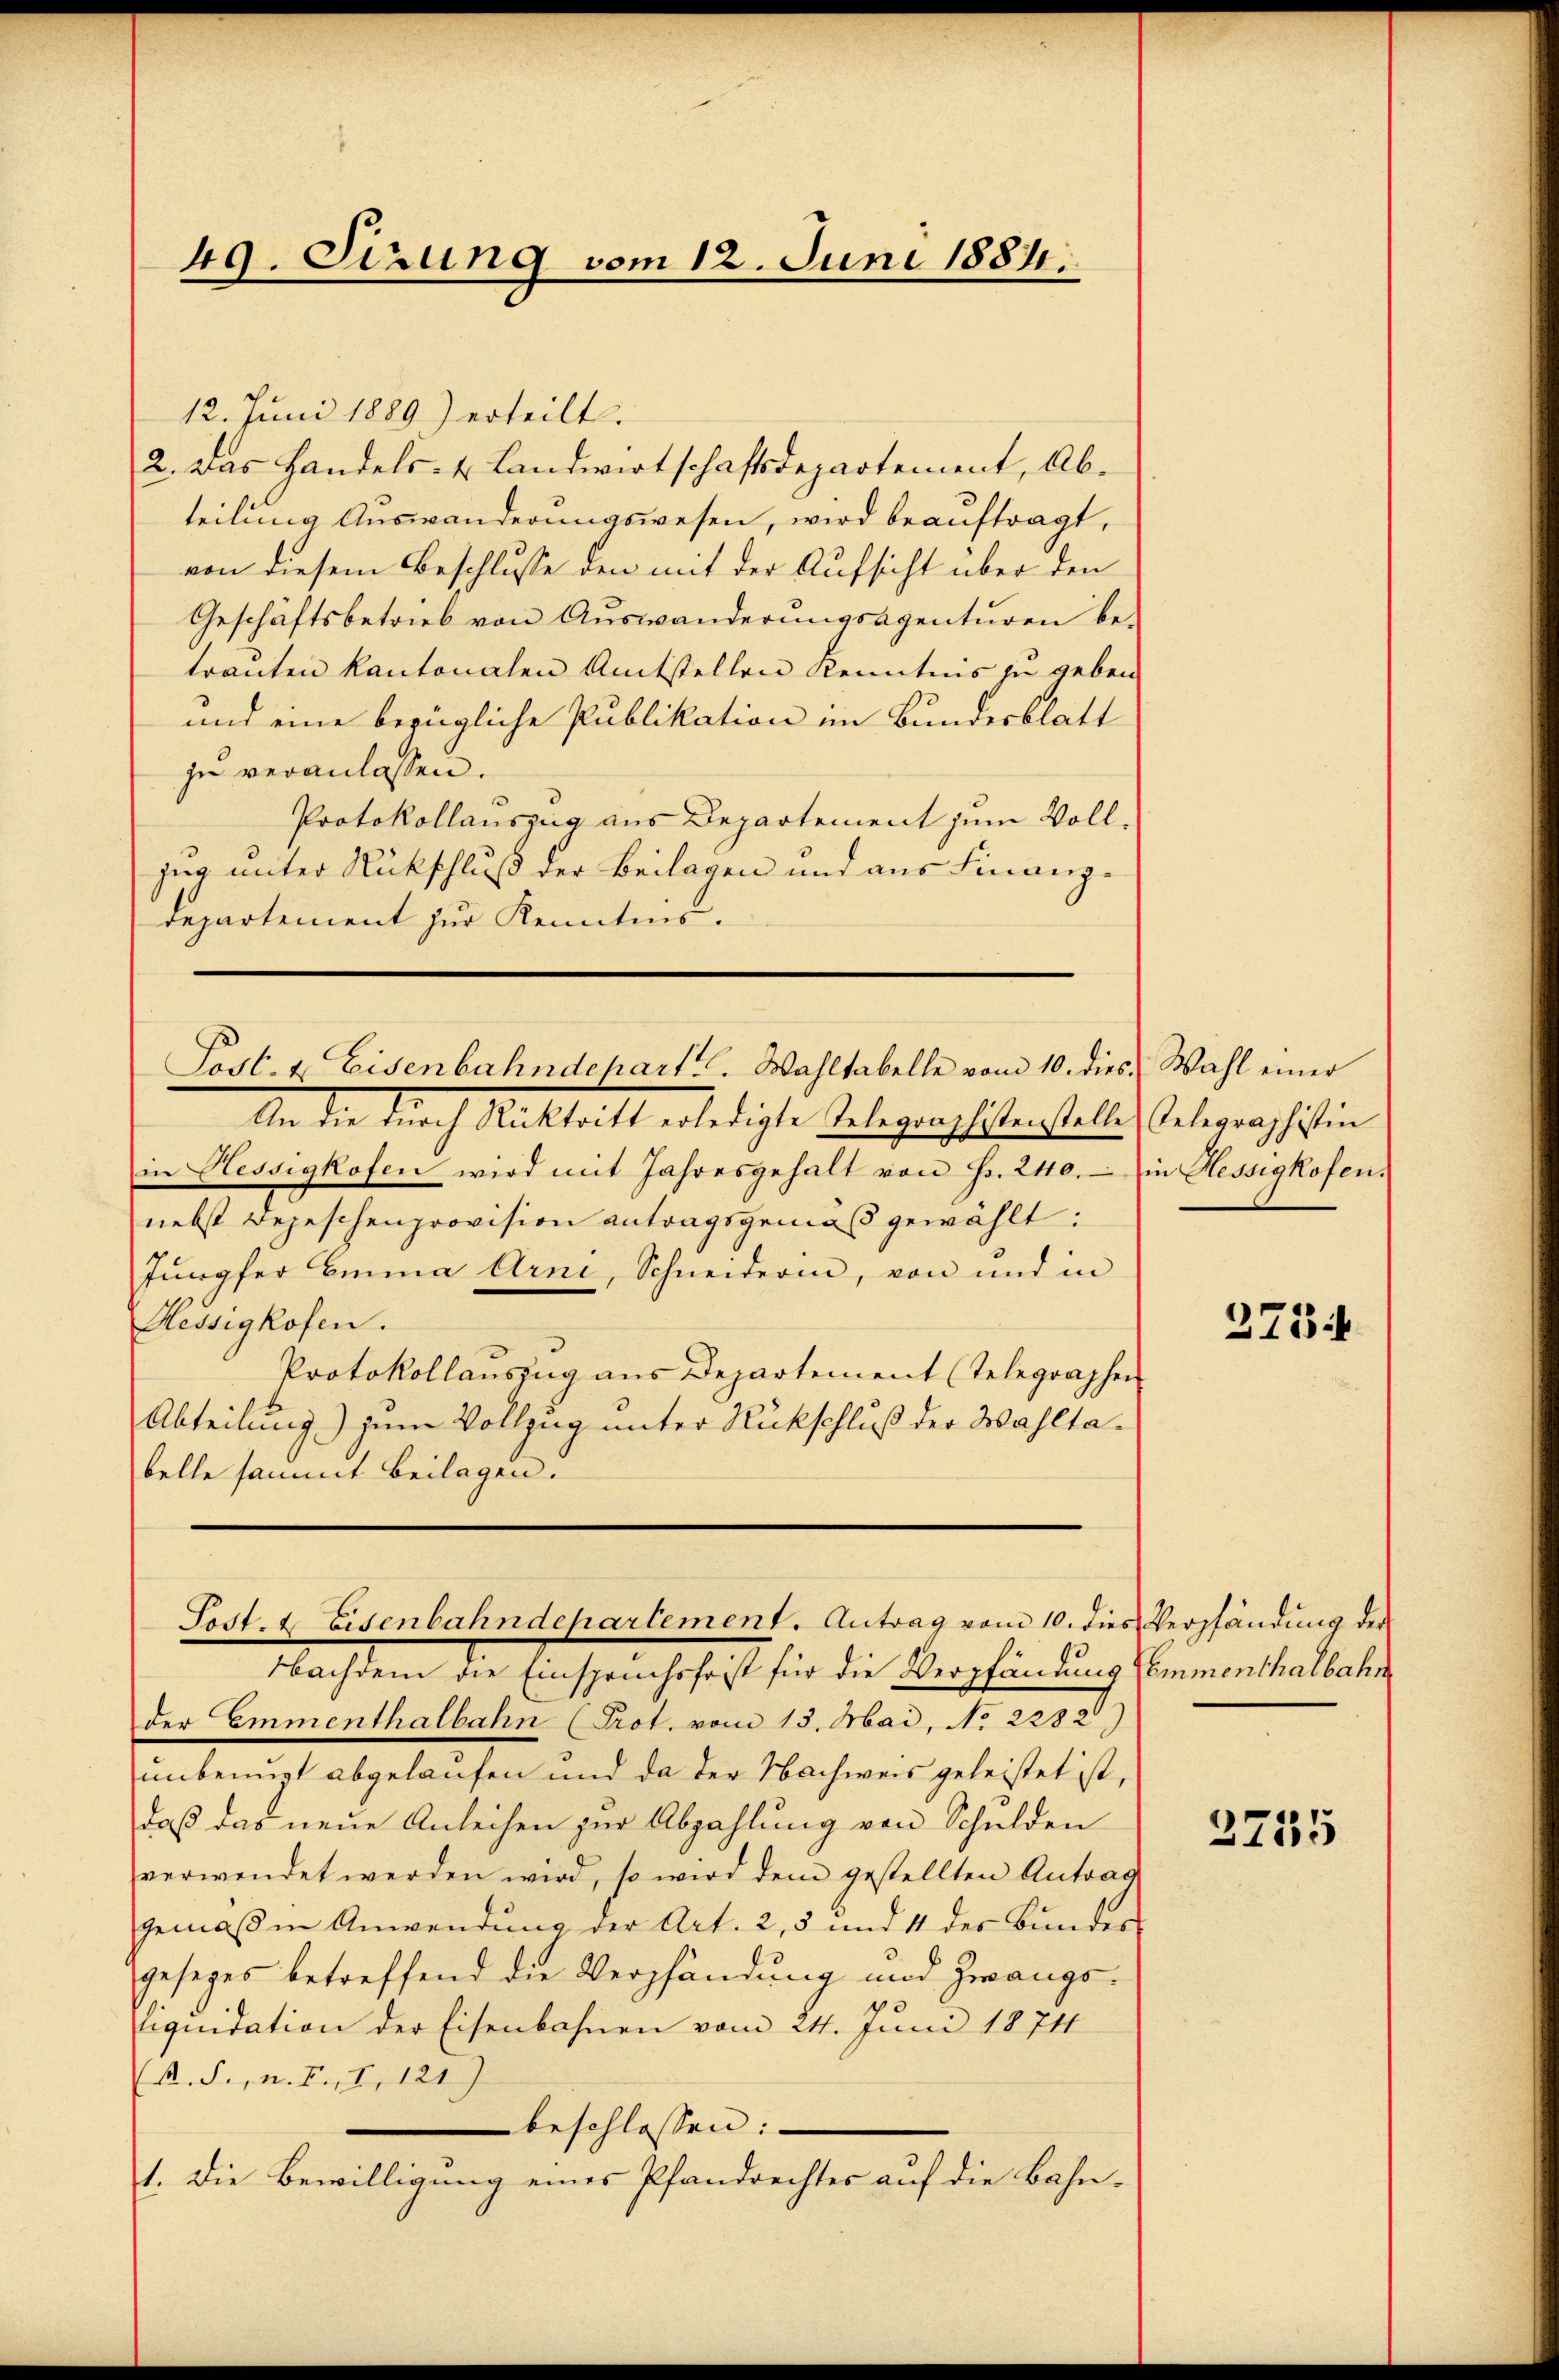
12. Juni 1889 erteilt.
2. Das Handels- & Landwirtschaftsdepartement, Abteilung Auswanderungswesen, wird beauftragt,
von diesem Beschlusse den mit der Aufsicht über den
Geschäftsbetrieb von Auswanderungsagenturen be-
trauten kantonalen Amtstellen Kenntnis zu geben.
und eine bezügliche Publikation im Bundesblatt
zu veranlassen.
Protokollauszug aus Departement zum Vollzug unter Rückschluß der Beilagen und aus Finanzdepartement zur Kenntnis.

49. Sizung vom 12. Juni 1884.

An die durch Nachritt erledigte Telegraphistenstelle Telegang sistin
in Hessigkofen wird mit Jahresgehalt von Fr. 240.- in Hessigkofen
nebst Depeschenprovision antragsgemäss gewählt:
Jungfer Emma Arni, Schneiderin, von und in
Hessigkofen.
Protokollauszug aus Departement (Telegraphen
Abteilung) zum Vollzug unter Rückschluß der Wahltabelle sammt Beilagen.

Post- & Eisenbahndepart. Wahltabelle vom 10. dies Wahl einer

Post. & Eisenbahndepartement. Antrag vom 10. dies Verpfändung der

Nachdem die Einspruchsfrist für die Verpfändung Commenthalbahn
der Emmenthalbahn Prot. vom 13. Mai, No 2282)
unbemit abgelaufen und da der Nachweis geleistet ist,
daß das neue Anleihen zur Abzahlung von Schulden
verwendet werden wird, so wird dem gestellten Antrag
gemäßen Anwendung der Art. 2, 5 und 11 des Bundes
gesezes betreffend die Verpfändung und Zwangs-
liquidation der Eisenbahnen vom 24. Juni 1874
R. S., n. F., I, 121)
beschlossen:
1. Die Bewilligung eines Pfandrechtes auf die Bahn-

275.

2755